Vital statistics of India. Vol. VI, European troops 1870-79
Year: 1870
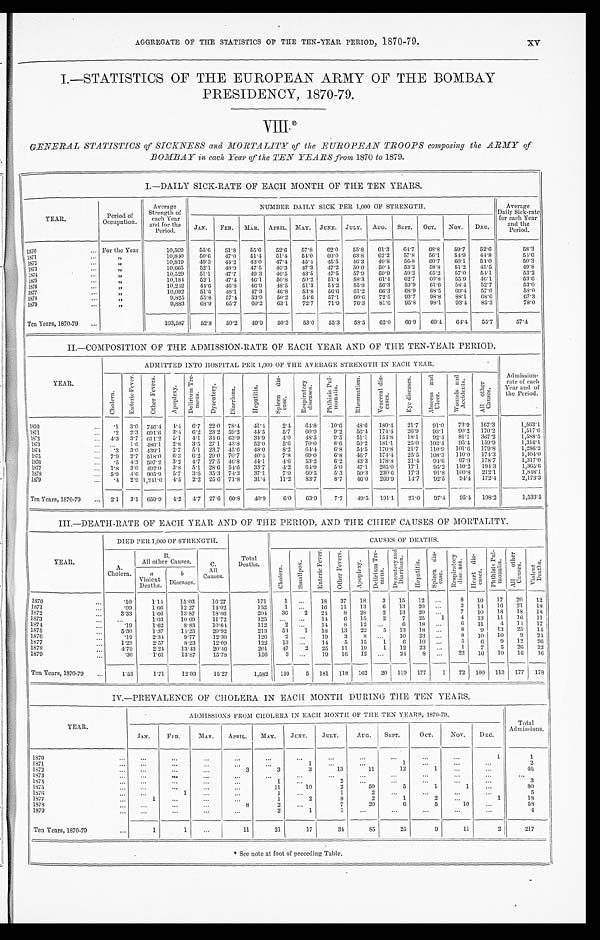
AGGREGATE OF THE STATISTICS OF THE TEN-YEAR PERIOD, 1870-79.
xv
I.—STATISTICS OF THE EUROPEAN ARMY OF THE BOMBAY
PRESIDENCY, 1870-79.
VIII *
GENERAL STATISTICS of SICKNESS and MORTALITY of the EUROPEAN TROOPS composing the ARMY of
BOMBAY in each Year of TEN YEARS from 1870 to 1879.
I.—DAILY SICK.RATE OF EACH MONTH OF THE TEN YEARS.
YEAR.
Period of
Occupation.
Average
Strength of
each Year
and for the
Period.
NUMBER DAILY SICK PER 1,000 OF STRENGTH.
Average
Daily Sick.rate
for each Year
and the
Period.
JAN.
FEB.
MAR. APRIL. MAY. JUNE. JULY.
AUG.
SEPT.
OCT.
Nov.
DEC.
1870
... For the Year
10,509
55.6
51.8
55.6
52.6
57.8
62.0
55.8
61.3
64.7
68.8
59.7
52.6
58.3
1871...
„
10,840
50.6
47.0
51.4
51.4
54.0
60.0
63.8
62.2
57.8
56.1
54.9
44.8
54.6
1872...
„
10,819
49.3
44.2
43.0
47.4
45.4
45.5
46.3
49.8
56.8
60.7
60.1
54.0
50.3
1873...
„
10,665
52.1
48.9
47.5
46.3
47.3
47.2
50.0
50.4
53.2
58.8
51.2
45.5
49.8
1874...
„
10,529
51.1
47.7
49.3
46.5
43.5
47.5
57.9
59.9
59.2
65.2
57.0
54.1
53.2
1875...
„
10,181
52.1
47.4
46.1
50.8
50.2
51.4
58.3
61.4
62.7
60.8
55.9
46.1
53.6
1876. . .
„
10,242
44.6
46.8
46.9
48.5
51.3
54.2
55.9
56.3
59.9
61.6
58.4
52.7
53.0
1877 ...
„
10,092
51.6
48.1
47.3
46.8
53.8
56.6
61.2
66.3
68.9
68.5
69.4
57.6
58.0
1878 ...
„
9,825
55.8
57.4
53.9
50.2
54.6
57.1
60.6
72.5
93.7
98.8
88.1
68.6
67.3
1879...
„
9,883
68.0
65.7
60.2
63.1
72.7
71.9
76.3
81.6
95.8
98.1
93.4
85.3
78.0
Ten Years, 1870-79 ...
103,587
52.8
50.2
49.9
50.3
53.0
55.3
58.5
62.0
66.9
69.4
64.4
55.7
57.4
II.—COMPOSITION OF THE ADMISSION-RATE OF EACH YEAR AND OF THE TEN-YEAR PERIOD.
YEAR.
ADMITTED INTO HOSPITAL PER 1,000 OF THE AVERAGE STRENGTH IN EACH YEAR.
Admission
-
rat e of each
Year and of
the Period.
C h o l e r a .
E n t e r i c F e v e r .
O t h e r F e v e r s .
A p o p l e x y .
D e l i r i u m T r e - m e n s .
D y s e n t e r y .
D i a r r h œ a .
H e p a t i t i s .
S p l e e n d i s - e a s e .
R e s p i r a t o r y d i s e a s e s .
Phthisis Pul-monalis.
R h e u m a t i s m .
V e n e r e a l d i s - e a s e s .
E y e d i s e a s e s .
A b s c e s s a n d U l c e r .
W o u n d s a n d A c c i d e n t s .
A l l o t h e r C a u s e s .
1870 ...
.1
3.0 746.4
1.4
6.7 22.0 78.4
41.4
2.4
64.8
10.6
48.6
180.4
21.7
91.0
73.9 167.3
1,563.1
1871 ...
.2
2.3 691.6
3.4 6.2 23.2 59.2
44.5
5.7
60.9
9.2
56.4 174.4
26.9
93.1
90.2 170.2
1,517.6
1872 ...
4.3 3.7 611.2 5.1 4.1 34.6 63.9
34.9
4.0
48.5
9.5
51.1
154.8
18.1
92.4
81.1
367.2
1,588.5
1873 ...
...
1.6 486.1
2.8
3.5 27.1 43.8
52.0
5.6
70.0
8.6
50.2 181.1
25.0 103.4
95.4 159.9
1,316.1
1874 ...
.3
3.0 439.1
2.7 5.1 23.7 45.6
48.0
8.2
64.4
6.8
54.5
170.8
21.7 110.9
101.6 179.8
1,286.2
1875 ...
7.9 2.7 518.0 6.3
6.2 29.0 70.7
40.4
7.8
69.0
6.8
46.7
174.4
25.5 108.3
110.0 174.3
1,404.0
1876 ...
.5
4.3 507.2 3.2 4.7 27.5 46.8
44.1
4.6
53.2
6.2
43.3 178.8
21.4
94.6
97.9 178.7
1,317.0
1877 ...
1.8 3.0 492.0
3.8 5.1 28.6 54.6
33.7
4.2
64.9
5.0
47.1
205.0
17.1
95.2 110.2 194.3
1,365.6
1878
... 5.9 4.6 905.9
5.7 3.6 35.3 74.3
37.1
7.0
60.5
5.3
50.3
230.6
17.3
91.8 100.8 212.1
1,848.1
1879...
.4 2.9 1,241.0 4.5 2.2 25.6 71.8
31.4
11.2
83.7
8.7
46.0
269.9
14.7
92.5
94.4 172.4
2,173.3
Ten Years, 1870-79 ... 2.1
3.1 659.9 4.2 4.7 27.6 60.8
40.9
6.0
63.9
7.7
49.5 191.1
21.0
97.4
95.4 198.2
1,533.5
III.—DEATH-RATE OF EACH YEAR AND OF THE PERIOD, AND THE CHIEF CAUSES OF MORTALITY.
YEAR.
DIED PER 1,000 OF STRENGTH.
Total
Deaths.
CAUSES OF DEATHS.
C h o l e r a .
S m a l l p o x .
E n t e r i c F e v e r .
O t h e r F e v e r s .
Apoplexy.
D e l i r i u m T r e - m e n s .
D y s e n t e r y a n d D i a r r h œ a .
Hepatitis.
S p l e e n d i s - e a s e .
R e s p i r a t o r y d i s e a s e s .
H e a r t d i s - c a s e s .
P h t h i s i s P u l - m o n a l i s .
A l l o t h e r C a u s e s .
V i o l e n t D e a t h s .
A.
Cholera.
B.
All other Causes.
C.
All
Causes.
a
Violent
Deaths.
b
Diseases.
1870 ...
.10
1.14
15.03
16.27
171
1
...
18
37
18
3
15
12
...
8
10
17
20
12
1871 ...
.09
1.66
12.27
14.02
152
1
...
16
11
13
6
13
20
...
3
14
16
21
18
1872 ...
3.33
1.66
13.87
18.86
204
36
2
24
8
28
2
13
20
...
7
10
18
18
18
1873 ...
...
1.03
10.69
11.72
125
...
...
14
6
15
2
7
25
1
4
13
11
16
11
1874 ...
.19
1.62
8.83
10.64
112 2
...
14
8
12 ...
6
18
...
6
11
4
14
17
1875.. .
5.30
1.37
14.25
20.92
213
54
1
18
13
22
5
13
18
...
8
9
13
25
14
1876 ...
.19
2.34
9.77
12.30
126 2
...
19
3
8
...
10
23
...
8
10
10
9
24
1877 ...
1.29
2.57
8.23
12.09
122
13
...
14
5
15
1
6
10
...
5
6
9
12
26
1878 ...
4.79
2.24
13.43
20.46
201
47
2
25
11
19
1
12
23
...
1
7
5
26
22
1879
...
.30
1.61
13.87
15.78
156
3
...
19
16
12
...
24
8 ...
22
10
10
16
16
Ten Years, 1870-79 ...
1.53
1.71
12.03
15.27
1,582
159
5
181
118
162
20
119
177
1
72
100
113
177
178
IV.—PREVALENCE OF CHOLERA IN EACH MONTH DURING THE TEN YEARS.
YEAR.
ADMISSIONS FROM CHOLERA IN EACH MONTH OF T II E TEN YEARS, 1870-79.
Total
Admissions.
JAN.
FEB.
MAR.
APRIL.
MAY.
JUNE.
JULY.
AUG.
SEPT.
OCT.
Nov.
DEC.
1870 ...
...
...
...
...
...
...
...
...
...
...
...
1
1
1871... ...
...
...
...
...
1
...
...
1 ...
...
...
2
1872 ...
...
...
...
3
3
3
13
11
12 1
...
...
46
1873 ...
...
...
...
...
...
...
...
...
...
...
...
...
...
1874
...
...
...
...
...
...
...
2
...
...
...
...
...
3
1875 ...
...
...
...
...
11
10
2
50
5
1 1
...
80
1876 ...
...
1
...
...
1 ...
1
2 ...
...
...
...
5
1877...
1
...
...
...
1
2
8
2
1
2 ...
1
18
1878
... ...
... ...
8
2
...
7
20
6
5
10 ...
58
1879
... ...
...
...
...
2
1
1
...
...
...
...
. . .
4
Ten Years, 1870-79 ...
1
1
...
11
21
17
34
85
25
9
11
2
217
* See note at foot of preceding Table.